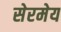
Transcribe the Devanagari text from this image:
सेरमेय